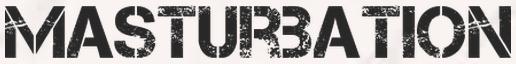
MASTURBATION